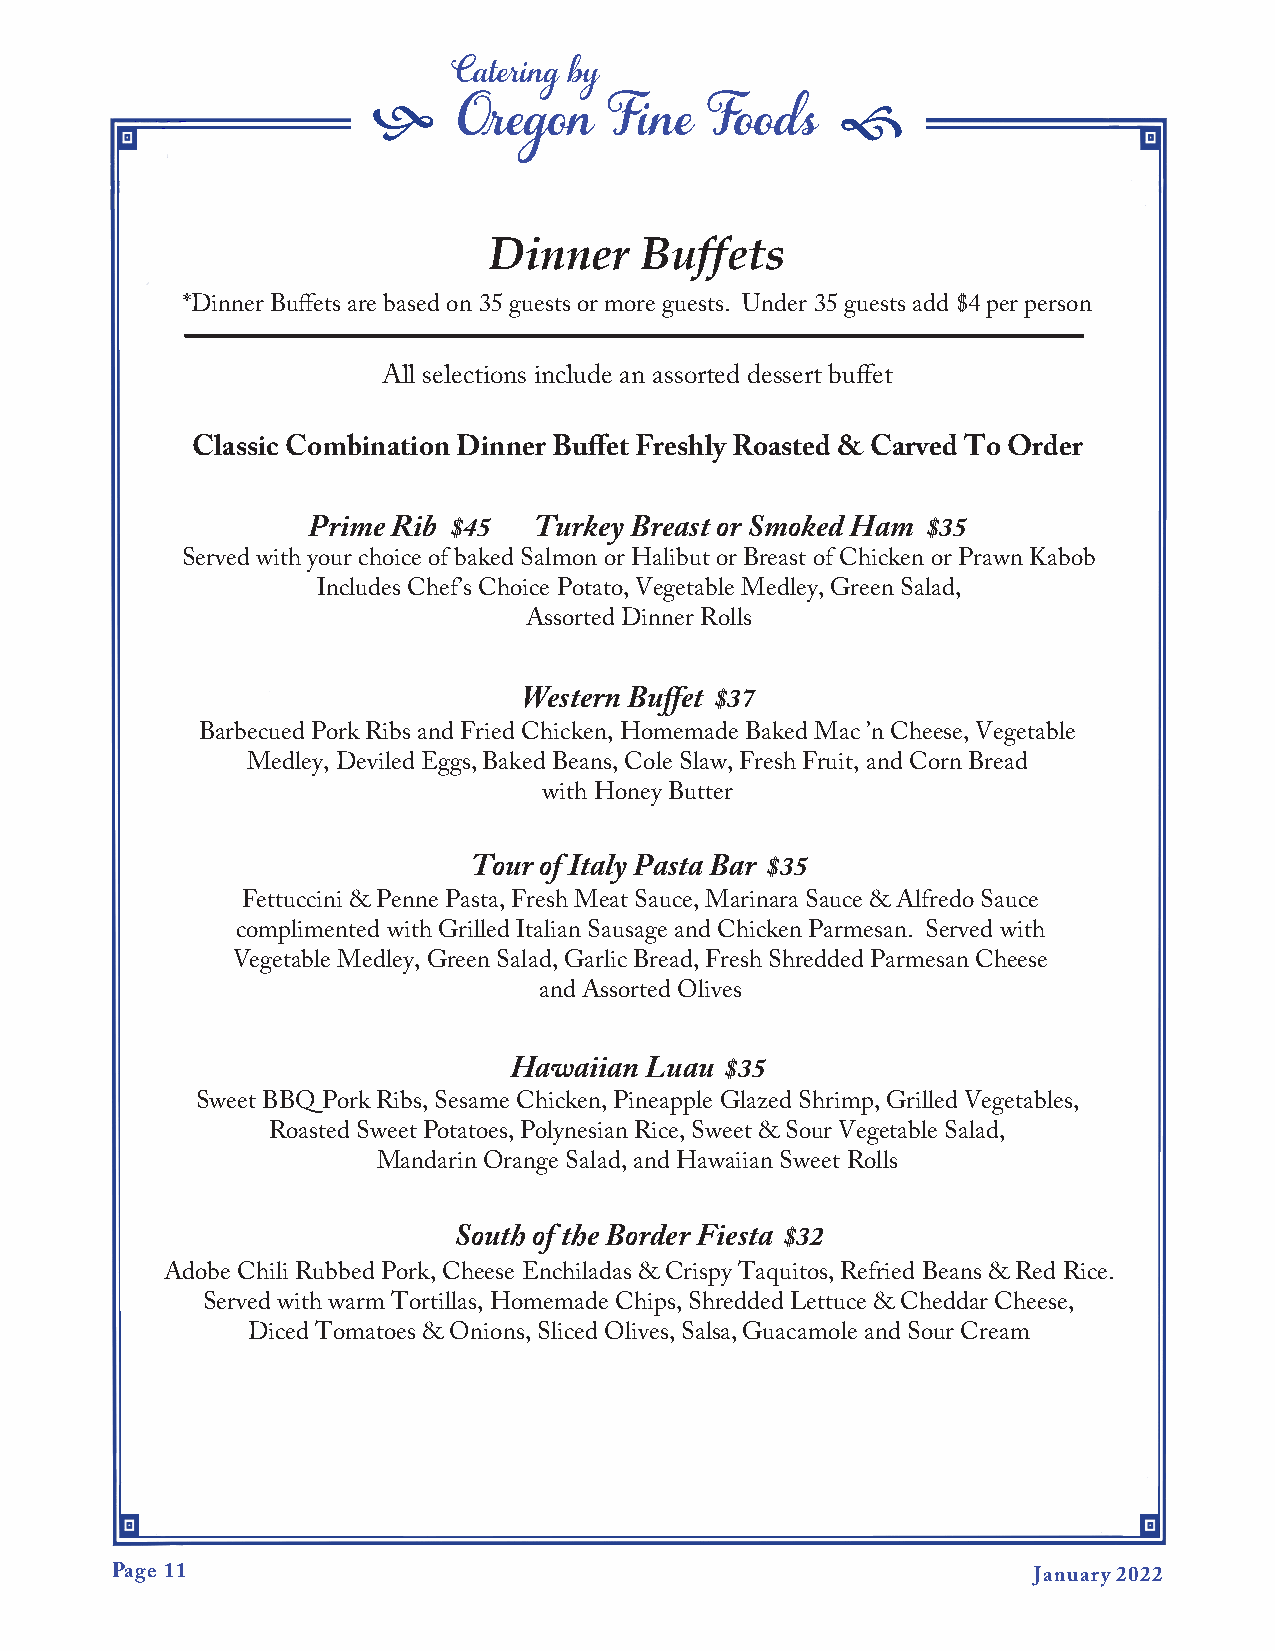
f                              f
 Catering by
 Oregon    Fine   Foods
 Dinner    Buffets
 *Dinner Buffets are based on 35 guests or more guests. Under 35 guests add $4 per person
 All selections include an assorted dessert buffet
 Classic Combination Dinner Buffet Freshly Roasted & Carved To Order
 Prime Rib $45  Turkey Breast or Smoked Ham $35
 Served with your choice of baked Salmon or Halibut or Breast of Chicken or Prawn Kabob
 Includes Chef’s Choice Potato, Vegetable Medley, Green Salad,
 Assorted Dinner Rolls
 Western Buffet $37
 Barbecued Pork Ribs and Fried Chicken, Homemade Baked Mac ’n Cheese, Vegetable
 Medley, Deviled Eggs, Baked Beans, Cole Slaw, Fresh Fruit, and Corn Bread
 with Honey Butter
 Tour of Italy Pasta Bar $35
 Fettuccini & Penne Pasta, Fresh Meat Sauce, Marinara Sauce & Alfredo Sauce
 complimented with Grilled Italian Sausage and Chicken Parmesan. Served with
 Vegetable Medley, Green Salad, Garlic Bread, Fresh Shredded Parmesan Cheese
 and Assorted Olives
 Hawaiian Luau $35
 Sweet BBQ Pork Ribs, Sesame Chicken, Pineapple Glazed Shrimp, Grilled Vegetables,
 Roasted Sweet Potatoes, Polynesian Rice, Sweet & Sour Vegetable Salad,
 Mandarin Orange Salad, and Hawaiian Sweet Rolls
 South of the Border Fiesta $32
 Adobe Chili Rubbed Pork, Cheese Enchiladas & Crispy Taquitos, Refried Beans & Red Rice.
 Served with warm Tortillas, Homemade Chips, Shredded Lettuce & Cheddar Cheese,
 Diced Tomatoes & Onions, Sliced Olives, Salsa, Guacamole and Sour Cream
 Page 11                                                       January 2022